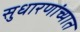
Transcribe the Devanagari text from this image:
सुधारणांच्यात